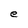
Character: e